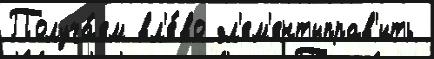
Получа́ем вл'е́во эл'ем'ентыправ'ить